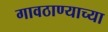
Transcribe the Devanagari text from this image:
गावठाण्याच्या